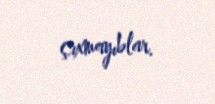
çıxmayıblar.